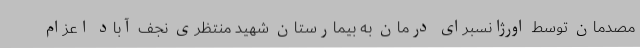
مصدمان توسط اورژانسبرای درمان به بیمارستان شهید منتظری نجف آباد اعزام